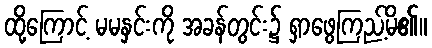
ထို့ကြောင့် မမနှင်းကို အခန်တွင်း၌ ရှာဖွေကြည့်မိ၏။